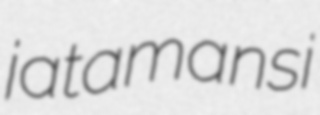
jatamansi